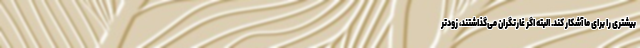
بیشتری را برای ما آشکار کند. البته اگر غارتگران می‌گذاشتند، زودتر